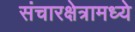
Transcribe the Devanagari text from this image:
संचारक्षेत्रामध्ये